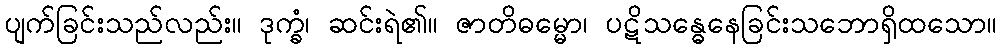
ပျက်ခြင်းသည်လည်း။ ဒုက္ခံ၊ ဆင်းရဲ၏။ ဇာတိဓမ္မော၊ ပဋိသန္ဓေနေခြင်းသဘောရှိထသော။